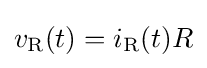
v_{\text{R}}{\mathord {\left(t\right)}}=i_{\text{R}}{\mathord {\left(t\right)}}R